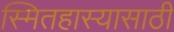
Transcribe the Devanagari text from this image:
स्मितहास्यासाठी